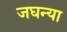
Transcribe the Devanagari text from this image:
जघन्या